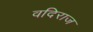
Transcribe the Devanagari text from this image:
वदिराज